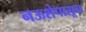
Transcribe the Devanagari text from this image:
नऊशेपासून